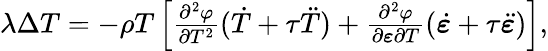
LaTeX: \begin{array}{r}{\lambda\Delta T=-\rho T\left[\frac{\partial^{2}\varphi}{\partial T^{2}}(\dot{T}+\tau\ddot{T})+\frac{\partial^{2}\varphi}{\partial{\boldsymbol\varepsilon}\partial T}(\dot{\boldsymbol\varepsilon}+\tau\ddot{\boldsymbol\varepsilon})\right],}\end{array}